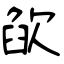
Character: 欿